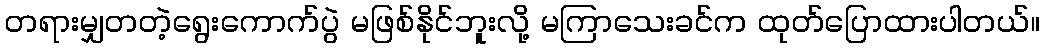
တရားမျှတတဲ့ရွေးကောက်ပွဲ မဖြစ်နိုင်ဘူးလို့ မကြာသေးခင်က ထုတ်ပြောထားပါတယ်။